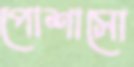
পোশাসো